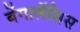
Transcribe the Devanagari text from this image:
बेंगालेंसिस